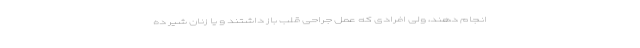
انجام دهند، ولی افرادی که عمل جراحی قلب باز داشتند و یا زنان شیر ده